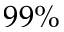
9 9 \%